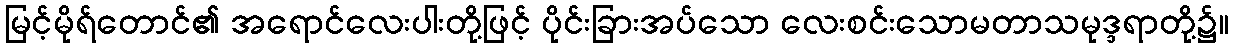
မြင့်မိုရ်တောင်၏ အရောင်လေးပါးတို့ဖြင့် ပိုင်းခြားအပ်သော လေးစင်းသောမတာသမုဒ္ဒရာတို့၌။